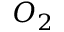
O _ { 2 }